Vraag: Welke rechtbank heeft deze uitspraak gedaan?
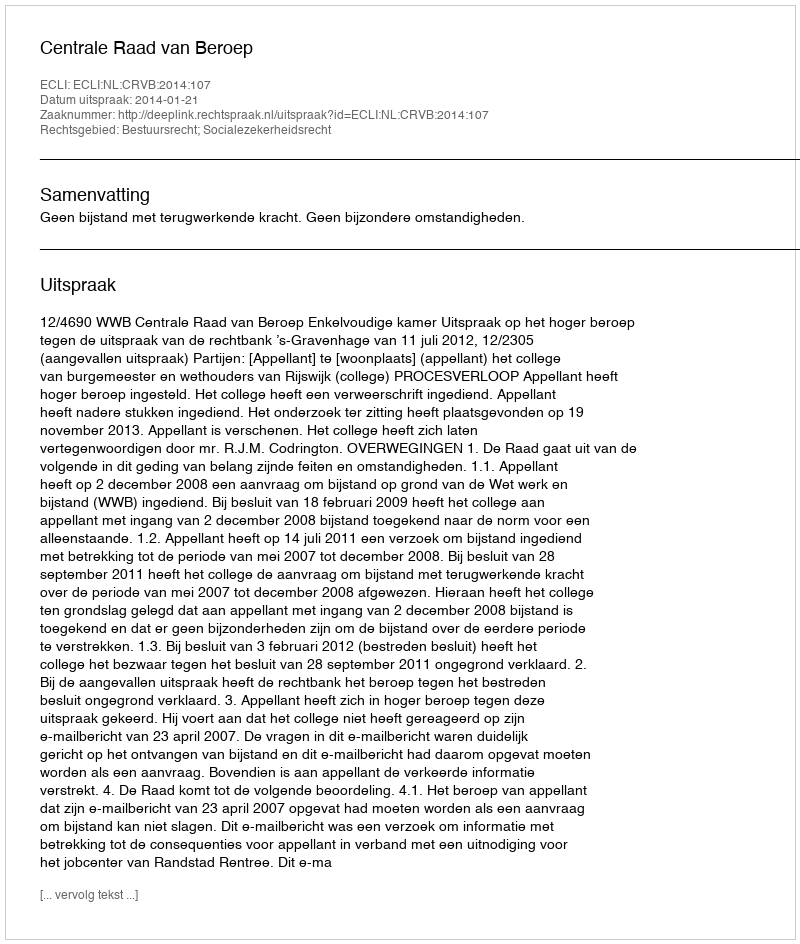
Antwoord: Centrale Raad van Beroep